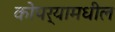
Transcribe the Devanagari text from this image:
कोपर्‍यामधील